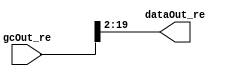
// -------------------------------------------------------------
// 
// 
// Generated by MATLAB 9.13 and HDL Coder 4.0
// 
// -------------------------------------------------------------


// -------------------------------------------------------------
// 
// Module: castSection
// Source Path: DUCforLTEHDL/HDL_DUC/CICInterpolator/castSection
// Hierarchy Level: 2
// 
// -------------------------------------------------------------

`timescale 1 ns / 1 ns

module castSection
          (gcOut_re,
           dataOut_re);


  input   signed [19:0] gcOut_re;  // sfix20_En14
  output  signed [17:0] dataOut_re;  // sfix18_En12




  assign dataOut_re = gcOut_re[19:2];



endmodule  // castSection